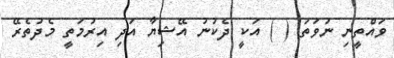
ވައްތީނި ނުވަތަ ( ) އަކީ ދެކުނު އޭޝިޔާ އަދި އިރުމަތީ މެދުތެރޭ